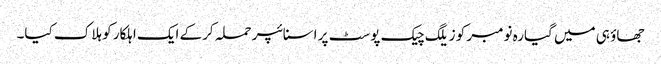
جھاؤ ہی میں گیارہ نومبر کو زیلگ چیک پوسٹ پر اسنائپر حملہ کرکے ایک اہلکار کو ہلاک کیا۔